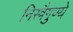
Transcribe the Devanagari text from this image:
निस्त्रैगुण्ये